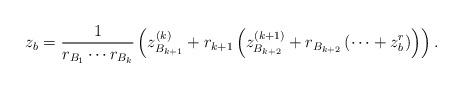
LaTeX: \begin{align*}z_b = \frac 1 {r_{B_1} \cdots r_{B_{k}}} \left( z^{(k)}_{B_{k+1}} + r_{k+1}\left( z^{(k+1)}_{B_{k+2}} + r_{B_{k+2}}\left(\cdots + z_b^{r}\right) \right) \right).\end{align*}